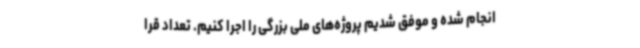
انجام شده و موفق شدیم پروژه‌های ملی بزرگی را اجرا کنیم. تعداد قرا